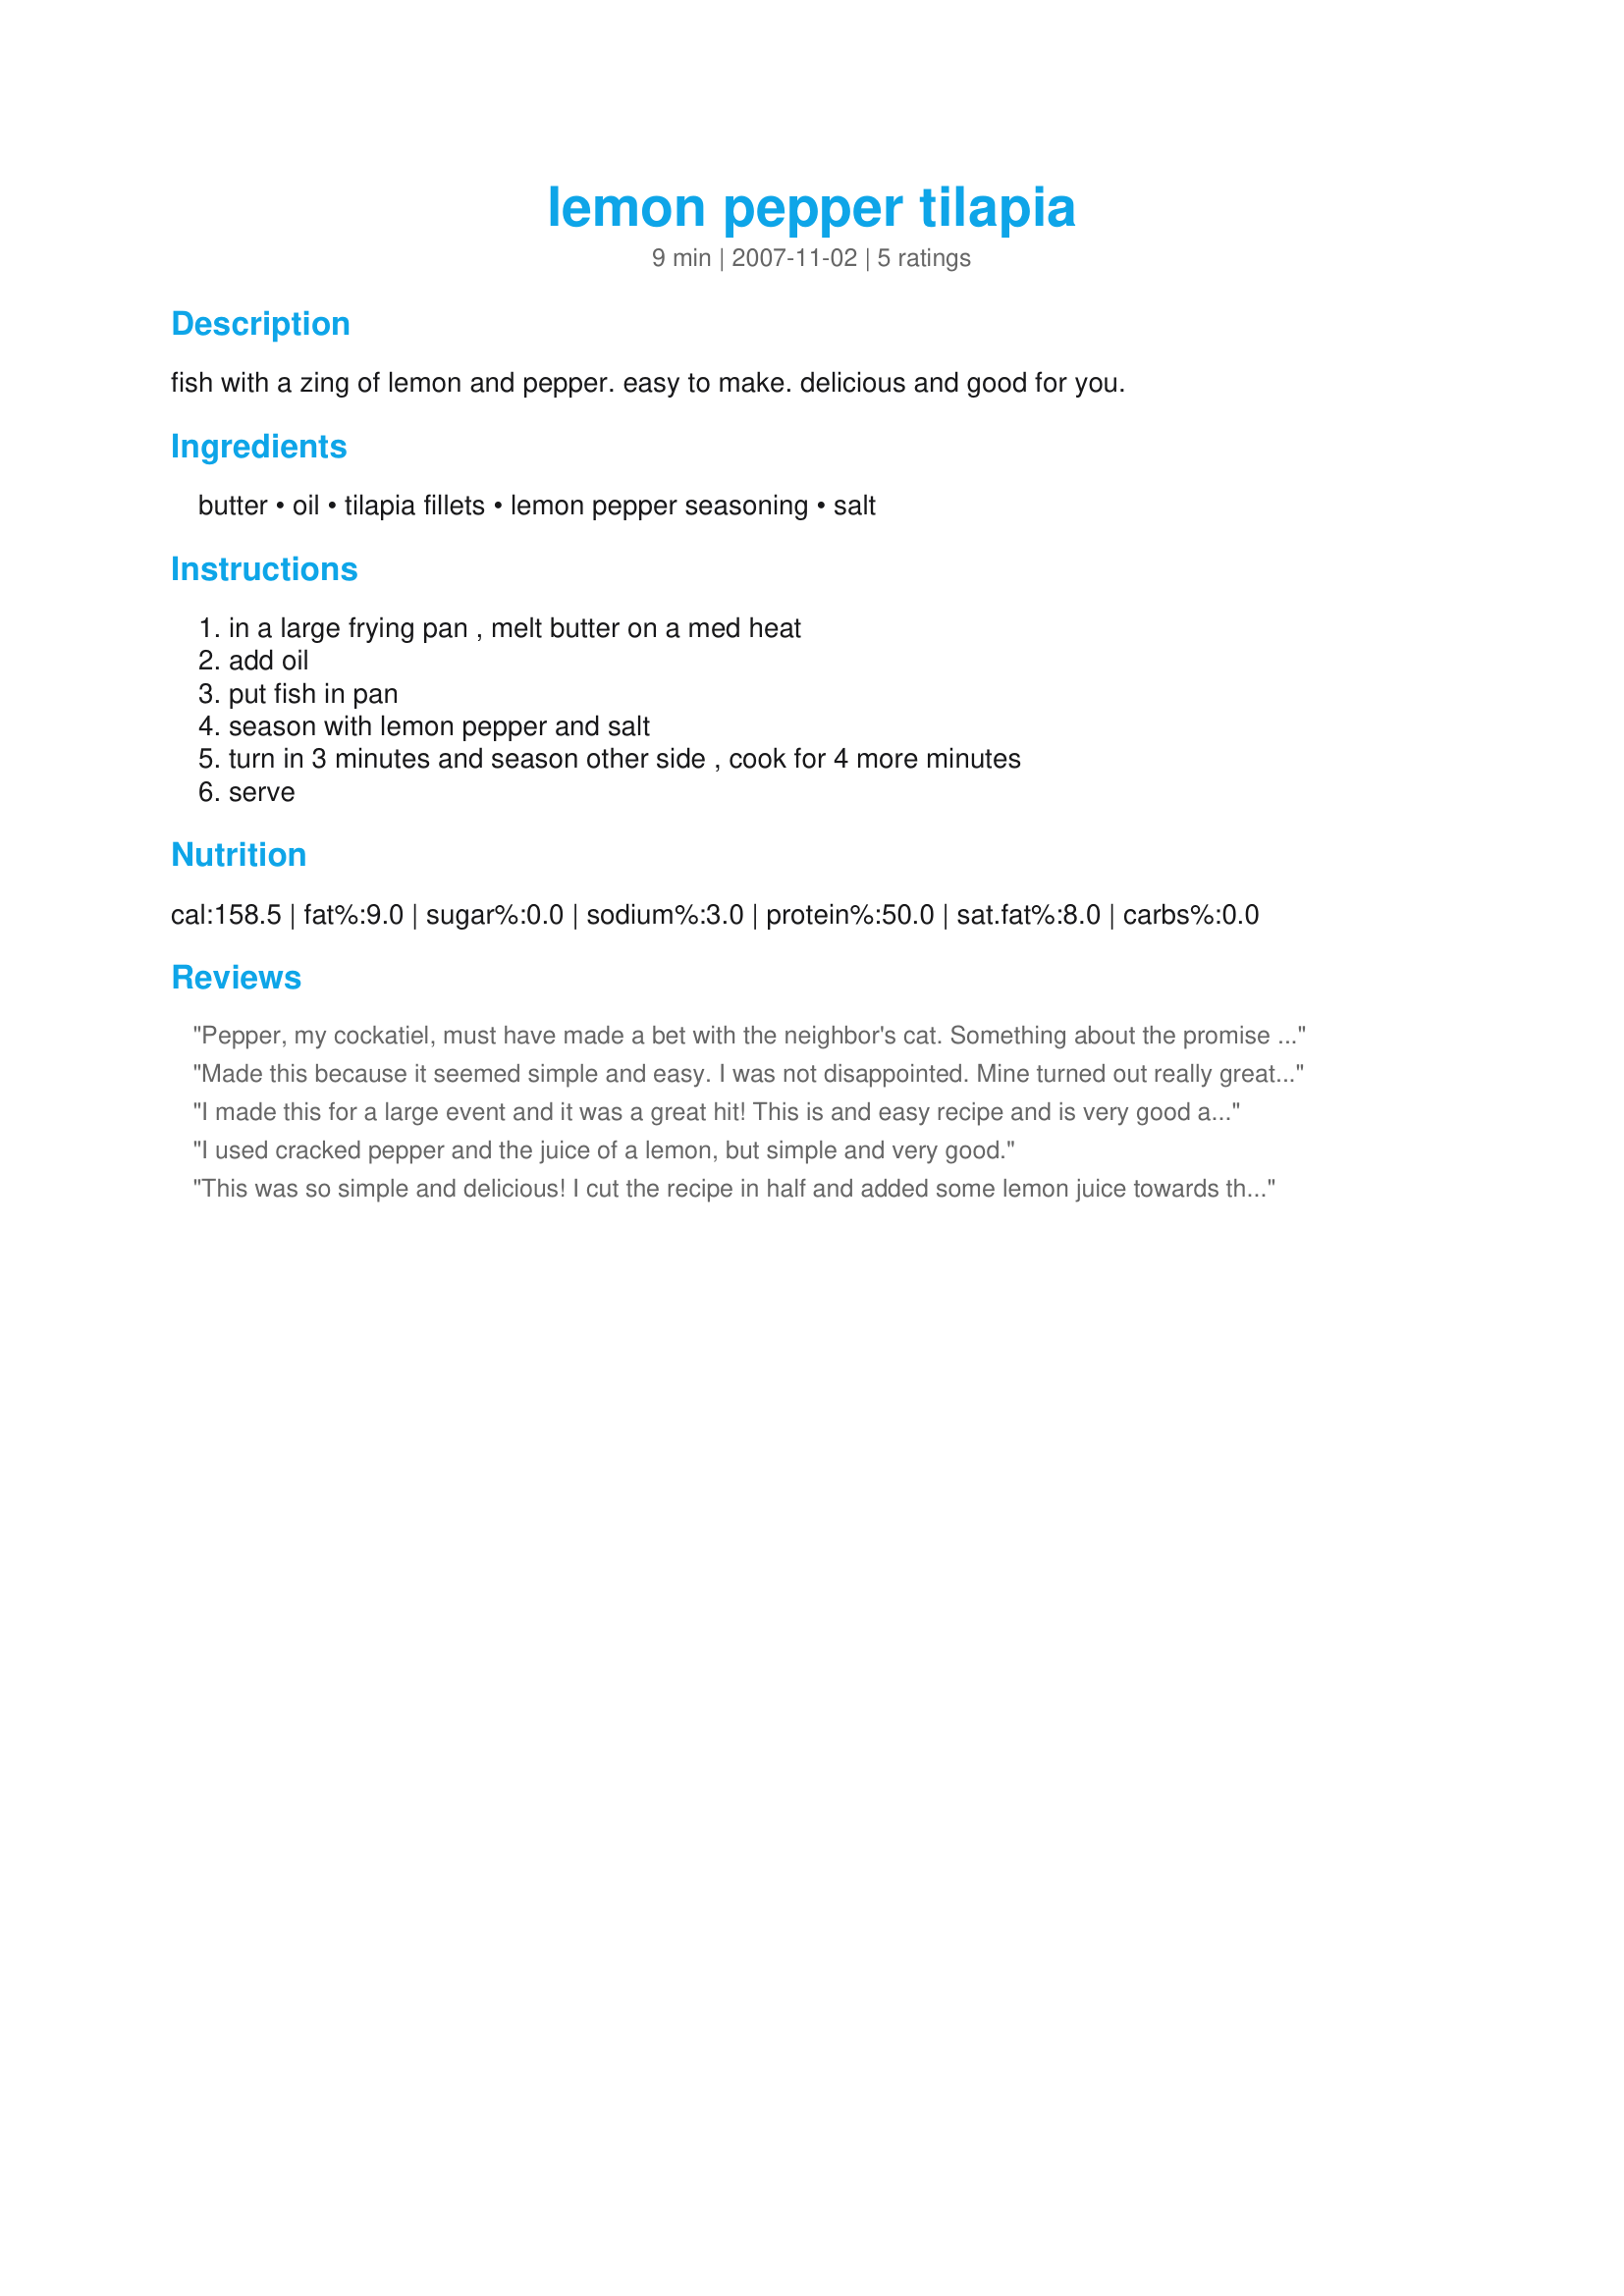
lemon pepper tilapia
Preparation time: 9 minutes

fish with a zing of lemon and pepper. easy to make. delicious and good for you.

Ingredients:
butter, oil, tilapia fillets, lemon pepper seasoning, salt

Steps:
in a large frying pan , melt butter on a med heat, add oil, put fish in pan, season with lemon pepper and salt, turn in 3 minutes and season other side , cook for 4 more minutes, serve

Reviews:
Pepper, my cockatiel, must have made a bet with the neighbor's cat. Something about the promise of fish in return for a favor. Earlier, I saw Cat out front cracking his knuckles. Dog said he's not stepping in this time. My bet's on Pepper.
Made this because it seemed simple and easy. I was not disappointed. Mine turned out really great. I did use more butter than the recipe called for and used it to pan-baste. I also sprinkled it with a little lemon juice just before serving. Will definitely use this recipe again!
I made this for a large event and it was a great hit! This is and easy recipe and is very good and flavorful. Loved it!
I used cracked pepper and the juice of a lemon, but simple and very good.
This was so simple and delicious! I cut the recipe in half and added some lemon juice towards the end but otherwise followed the instructions. Definately a keeper. Served with recipe#86043#86043. Made for 2013 Zaar Cookbook Tag game.
